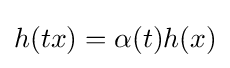
h(tx)=\alpha (t)h(x)